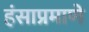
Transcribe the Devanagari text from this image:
हंसाप्रमाणे